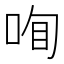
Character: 𠲾